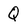
Character: Q